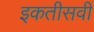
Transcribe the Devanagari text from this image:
इकतीसवीं